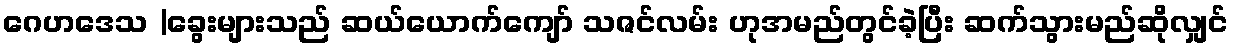
ဂေဟဒေသ |ခွေးများသည် ဆယ်ယောက်ကျော် သဇင်လမ်း ဟုအမည်တွင်ခဲ့ပြီး ဆက်သွားမည်ဆိုလျှင်